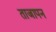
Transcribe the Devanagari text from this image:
ताजापन